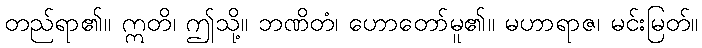
တည်ရာ၏။ ဣတိ၊ ဤသို့။ ဘဏိတံ၊ ဟောတော်မူ၏။ မဟာရာဇ၊ မင်းမြတ်။